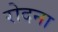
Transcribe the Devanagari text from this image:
रोदना